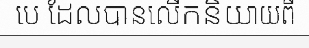
បេ ដែលបានលើកនិយាយពី